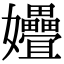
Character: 㜼